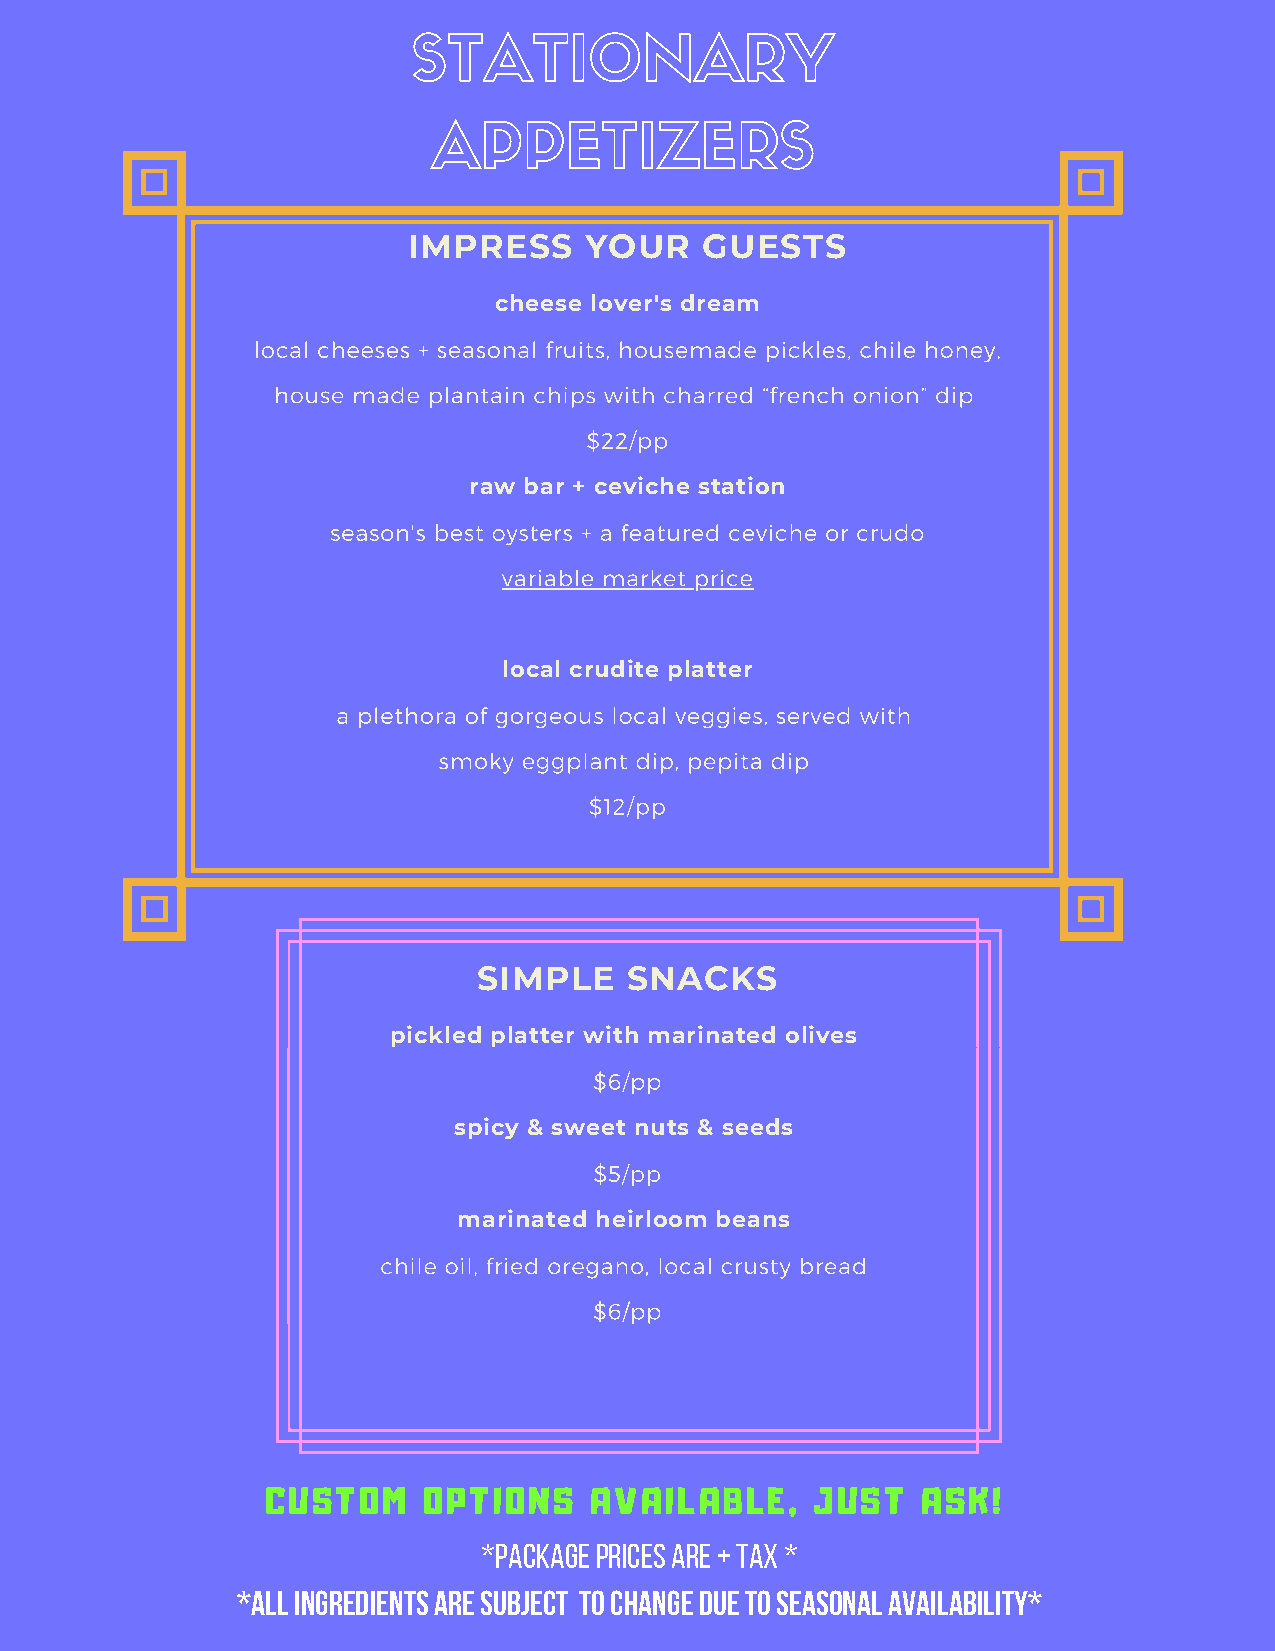
STATIONARY
 APPETIZERS
 IMPRESS     YOUR   GUESTS
 cheese lover's dream
 local cheeses + seasonal fruits, housemade pickles, chile honey,
 house made plantain chips with charred “french onion” dip
 $22/pp
 raw bar + ceviche station
 season's best oysters + a featured ceviche or crudo
 variable market price
 local crudite platter
 a plethora of gorgeous local veggies, served with
 smoky eggplant dip, pepita dip
 $12/pp
 SIMPLE   SNACKS
 pickled platter with marinated olives
 $6/pp
 spicy & sweet nuts & seeds
 $5/pp
 marinated heirloom beans
 chile oil, fried oregano, local crusty bread
 $6/pp
 CUSTOM    OPTIONS    AVAILABLE,     JUST   ASK!
 *Package prices are + tax *
 *ALL INGREDIENTS ARE SUBJECT TO CHANGE DUE TO SEASONAL AVAILABILITY*